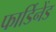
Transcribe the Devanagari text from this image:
फार्डिनेंड